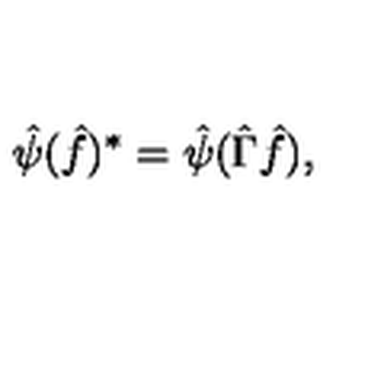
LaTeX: \hat { \psi } ( \hat { f } ) ^ { * } = \hat { \psi } ( \hat { \Gamma } \hat { f } ) ,